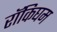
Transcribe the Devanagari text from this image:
रॉकिघम